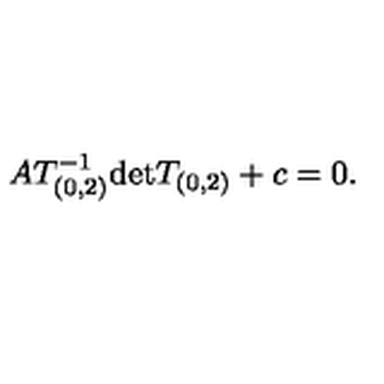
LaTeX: A T _ { ( 0 , 2 ) } ^ { - 1 } \mathrm { d e t } T _ { ( 0 , 2 ) } + c = 0 .